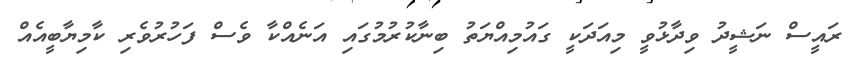
ރައީސް ނަޝީދު ވިދާޅުވީ މިއަދަކީ ގައުމިއްޔަތު ބިނާކުރުމުގައި އަނެއްކާ ވެސް ފަހުރުވެރި ކާމިޔާބީއެއް